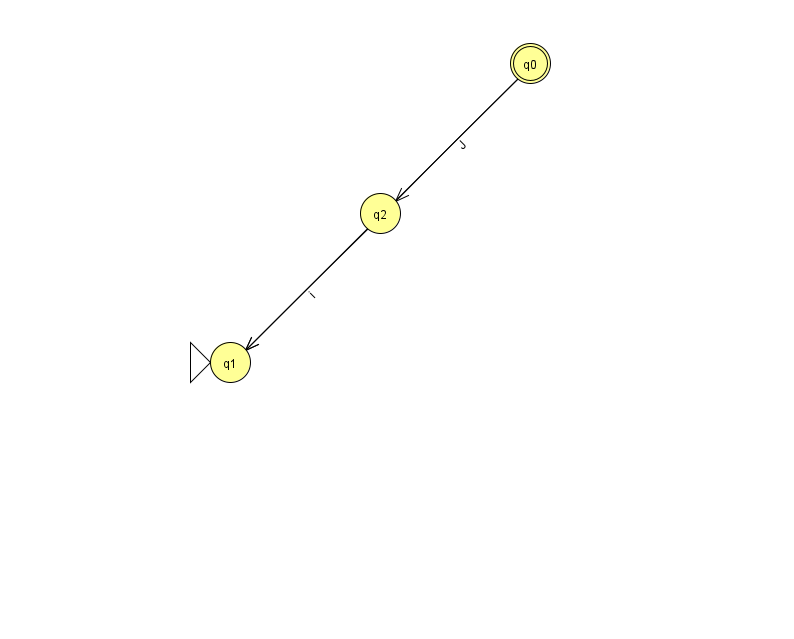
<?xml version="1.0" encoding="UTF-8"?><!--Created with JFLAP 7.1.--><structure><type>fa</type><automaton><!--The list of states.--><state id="0" name="q0"><x>530.0</x><y>50.0</y><final/></state><state id="1" name="q1"><x>230.0</x><y>349.0</y><initial/></state><state id="2" name="q2"><x>380.0</x><y>200.0</y></state><!--The list of transitions.--><transition><from>0</from><to>2</to><read>J</read></transition><transition><from>2</from><to>1</to><read>i</read></transition><transition><from>0</from><to>1</to><read>M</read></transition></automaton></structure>